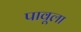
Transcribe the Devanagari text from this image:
पावूला